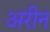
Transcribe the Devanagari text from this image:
अरीन